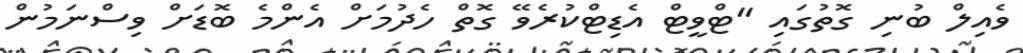
ވެއިލް ބުނި ގޮތުގައި "ޓްވީޓް އެޑިޓްކުރެވޭ ގޮތް ހެދުމަށް އެންމެ ބޮޑަށް ވިސްނަމުން